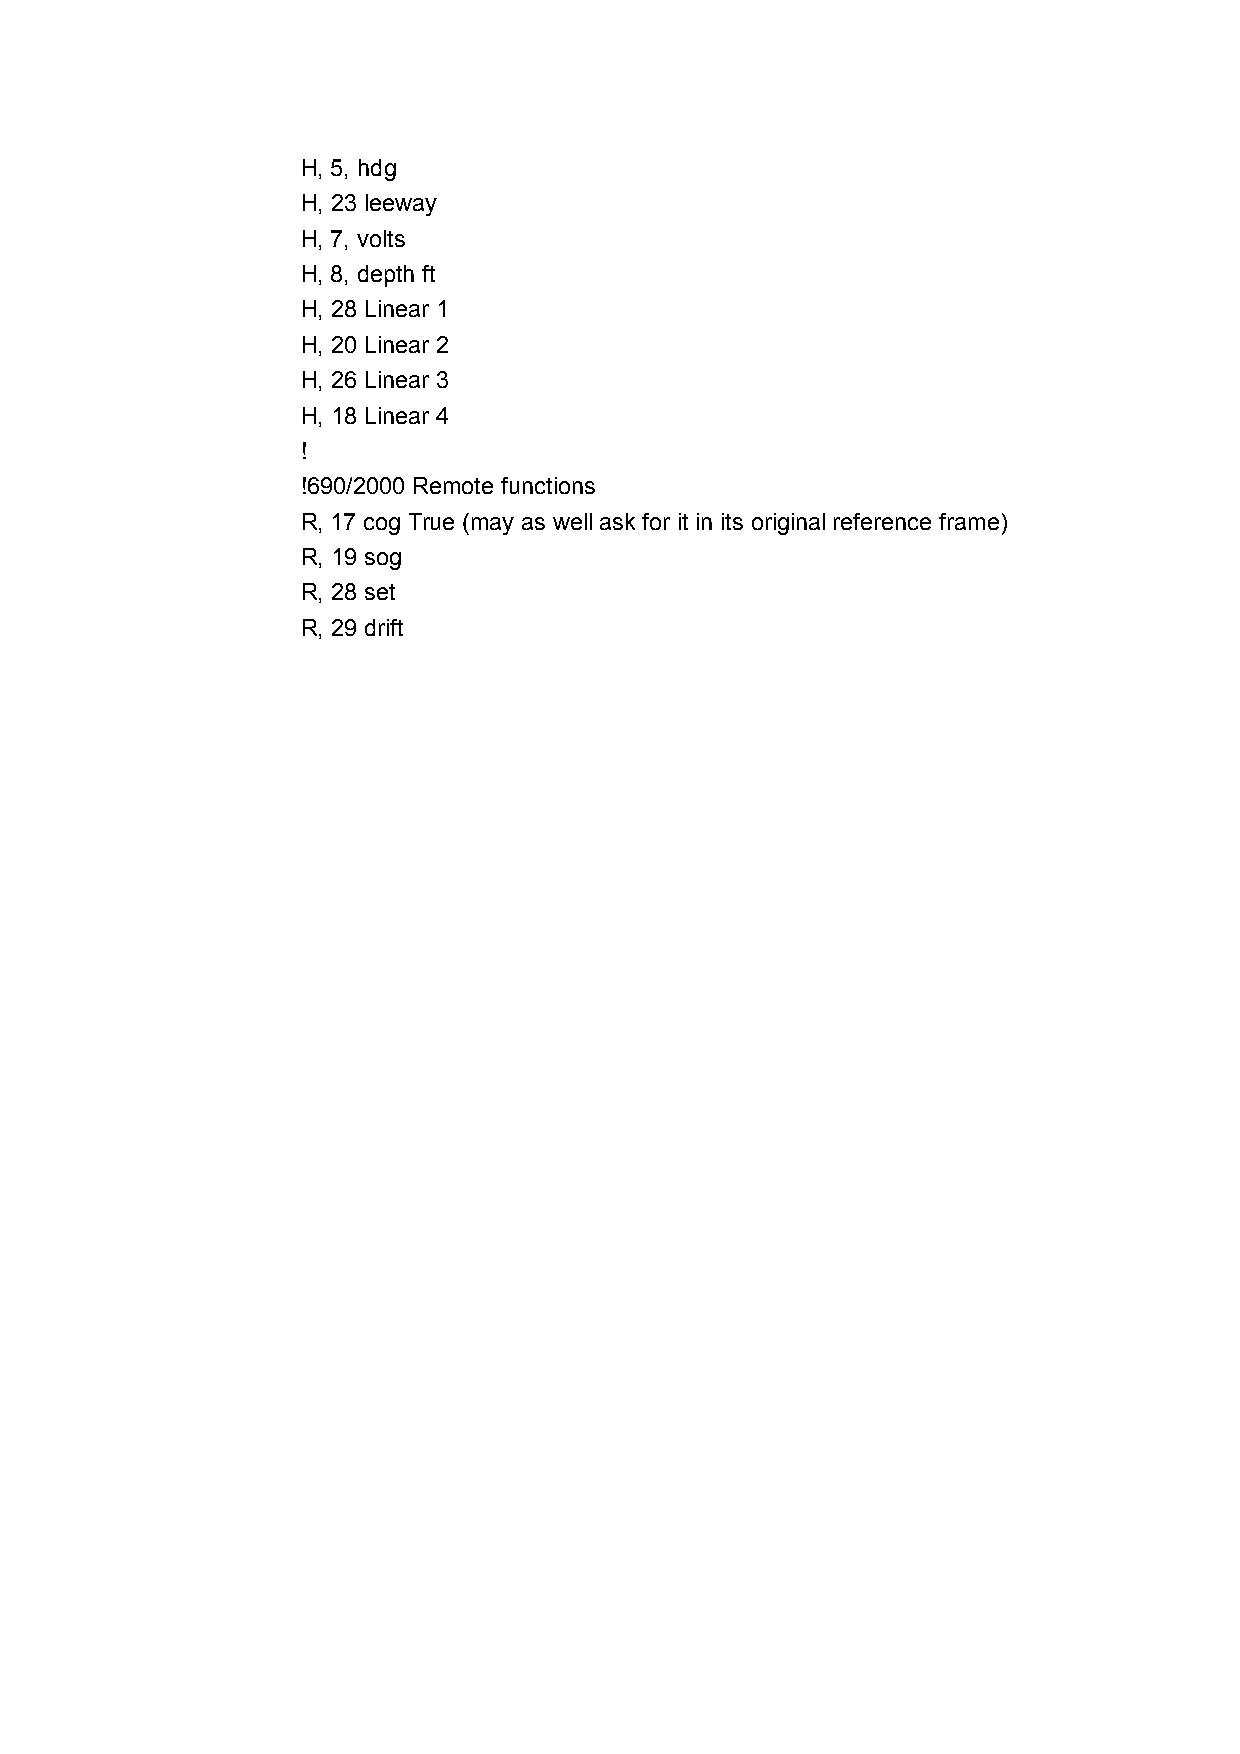
H, 5, hdg
 H, 23 leeway
 H, 7, volts
 H, 8, depth ft
 H, 28 Linear 1
 H, 20 Linear 2
 H, 26 Linear 3
 H, 18 Linear 4
 !
 !690/2000 Remote functions
 R, 17 cog True (may as well ask for it in its original reference frame)
 R, 19 sog
 R, 28 set
 R, 29 drift